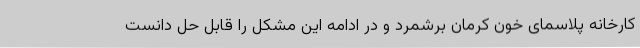
کارخانه پلاسمای خون کرمان برشمرد و در ادامه این مشکل را قابل حل دانست